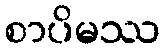
စာပိမဿ